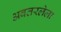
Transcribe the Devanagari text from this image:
अवतरलेला